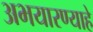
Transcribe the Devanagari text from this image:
अभयारण्याहे